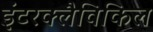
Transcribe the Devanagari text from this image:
इंटरक्लैविकिल